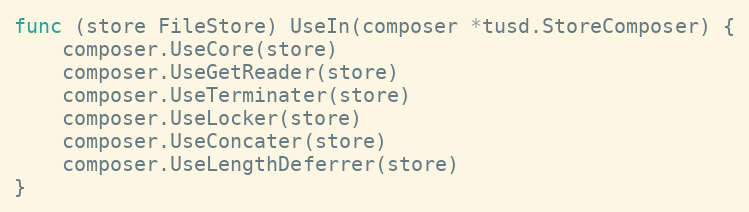
Language: Go
func (store FileStore) UseIn(composer *tusd.StoreComposer) {
	composer.UseCore(store)
	composer.UseGetReader(store)
	composer.UseTerminater(store)
	composer.UseLocker(store)
	composer.UseConcater(store)
	composer.UseLengthDeferrer(store)
}